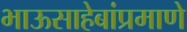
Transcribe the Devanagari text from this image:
भाऊसाहेबांप्रमाणे